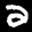
Label: 2